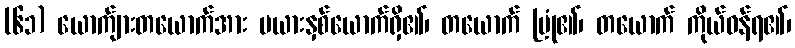
(၆၁) ယောက်ျားတယောက်အား မယားနှစ်ယောက်ရှိ၏၊ တယောက် မြုံ၏၊ တယောက် ကိုယ်ဝန်ရ၏၊